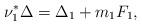
LaTeX: \begin{align*}\nu_1^*\Delta = \Delta_1 + m_1 F_1, \end{align*}